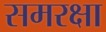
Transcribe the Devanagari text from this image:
समरक्षा